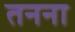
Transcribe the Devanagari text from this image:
तनना